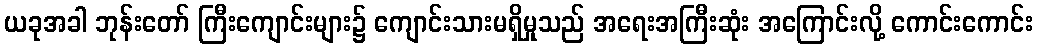
ယခုအခါ ဘုန်းတော် ကြီးကျောင်းများ၌ ကျောင်းသားမရှိမှုသည် အရေးအကြီးဆုံး အကြောင်းလို့ ကောင်းကောင်း